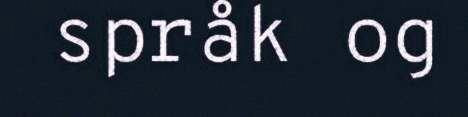
språk og